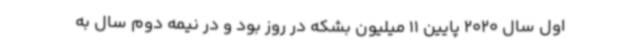
اول سال 2020 پایین 11 میلیون بشکه در روز بود و در نیمه دوم سال به